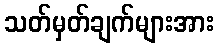
သတ်မှတ်ချက်များအား